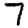
Digit: 7